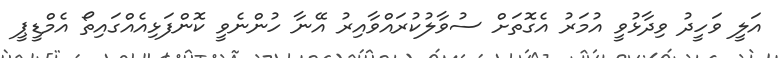
އަލީ ވަހީދު ވިދާޅުވީ އުމަރު އެގޮތަށް ސުވާލުކުރައްވާއިރު އޭނާ ހުންނެވީ ކޮންފަޅިއެއްގައިތޯ އެމްޑީޕީ